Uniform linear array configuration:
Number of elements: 16
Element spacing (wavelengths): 0.75
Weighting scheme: hann
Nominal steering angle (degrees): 15
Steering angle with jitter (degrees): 13.534
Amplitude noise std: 0.05
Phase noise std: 0.05

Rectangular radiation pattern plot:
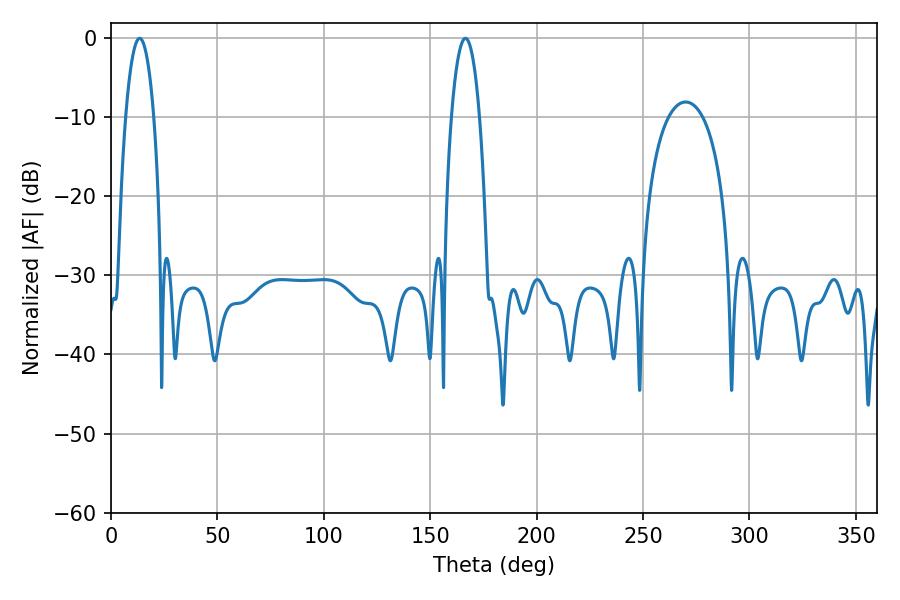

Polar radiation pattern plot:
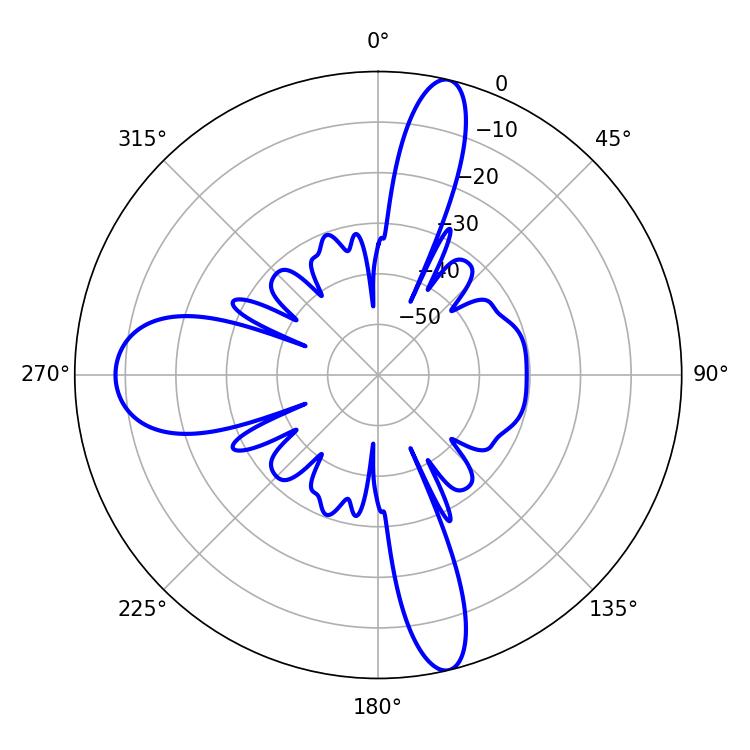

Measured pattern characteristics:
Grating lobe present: TRUE
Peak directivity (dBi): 22.789
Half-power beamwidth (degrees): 7.38
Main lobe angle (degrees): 13.5